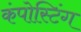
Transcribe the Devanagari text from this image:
कंपोस्टिंग